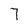
Character: 7